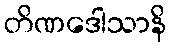
တိဏဒေါသာနိ